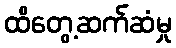
ထိတွေ့ဆက်ဆံမှု